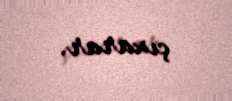
çıxarar.